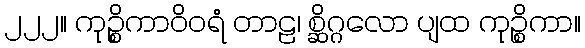
၂၂၂။ ကုဉ္စိကာဝိဝရံ တာဠ၊ စ္ဆိဂ္ဂလော ပျထ ကုဉ္စိကာ။